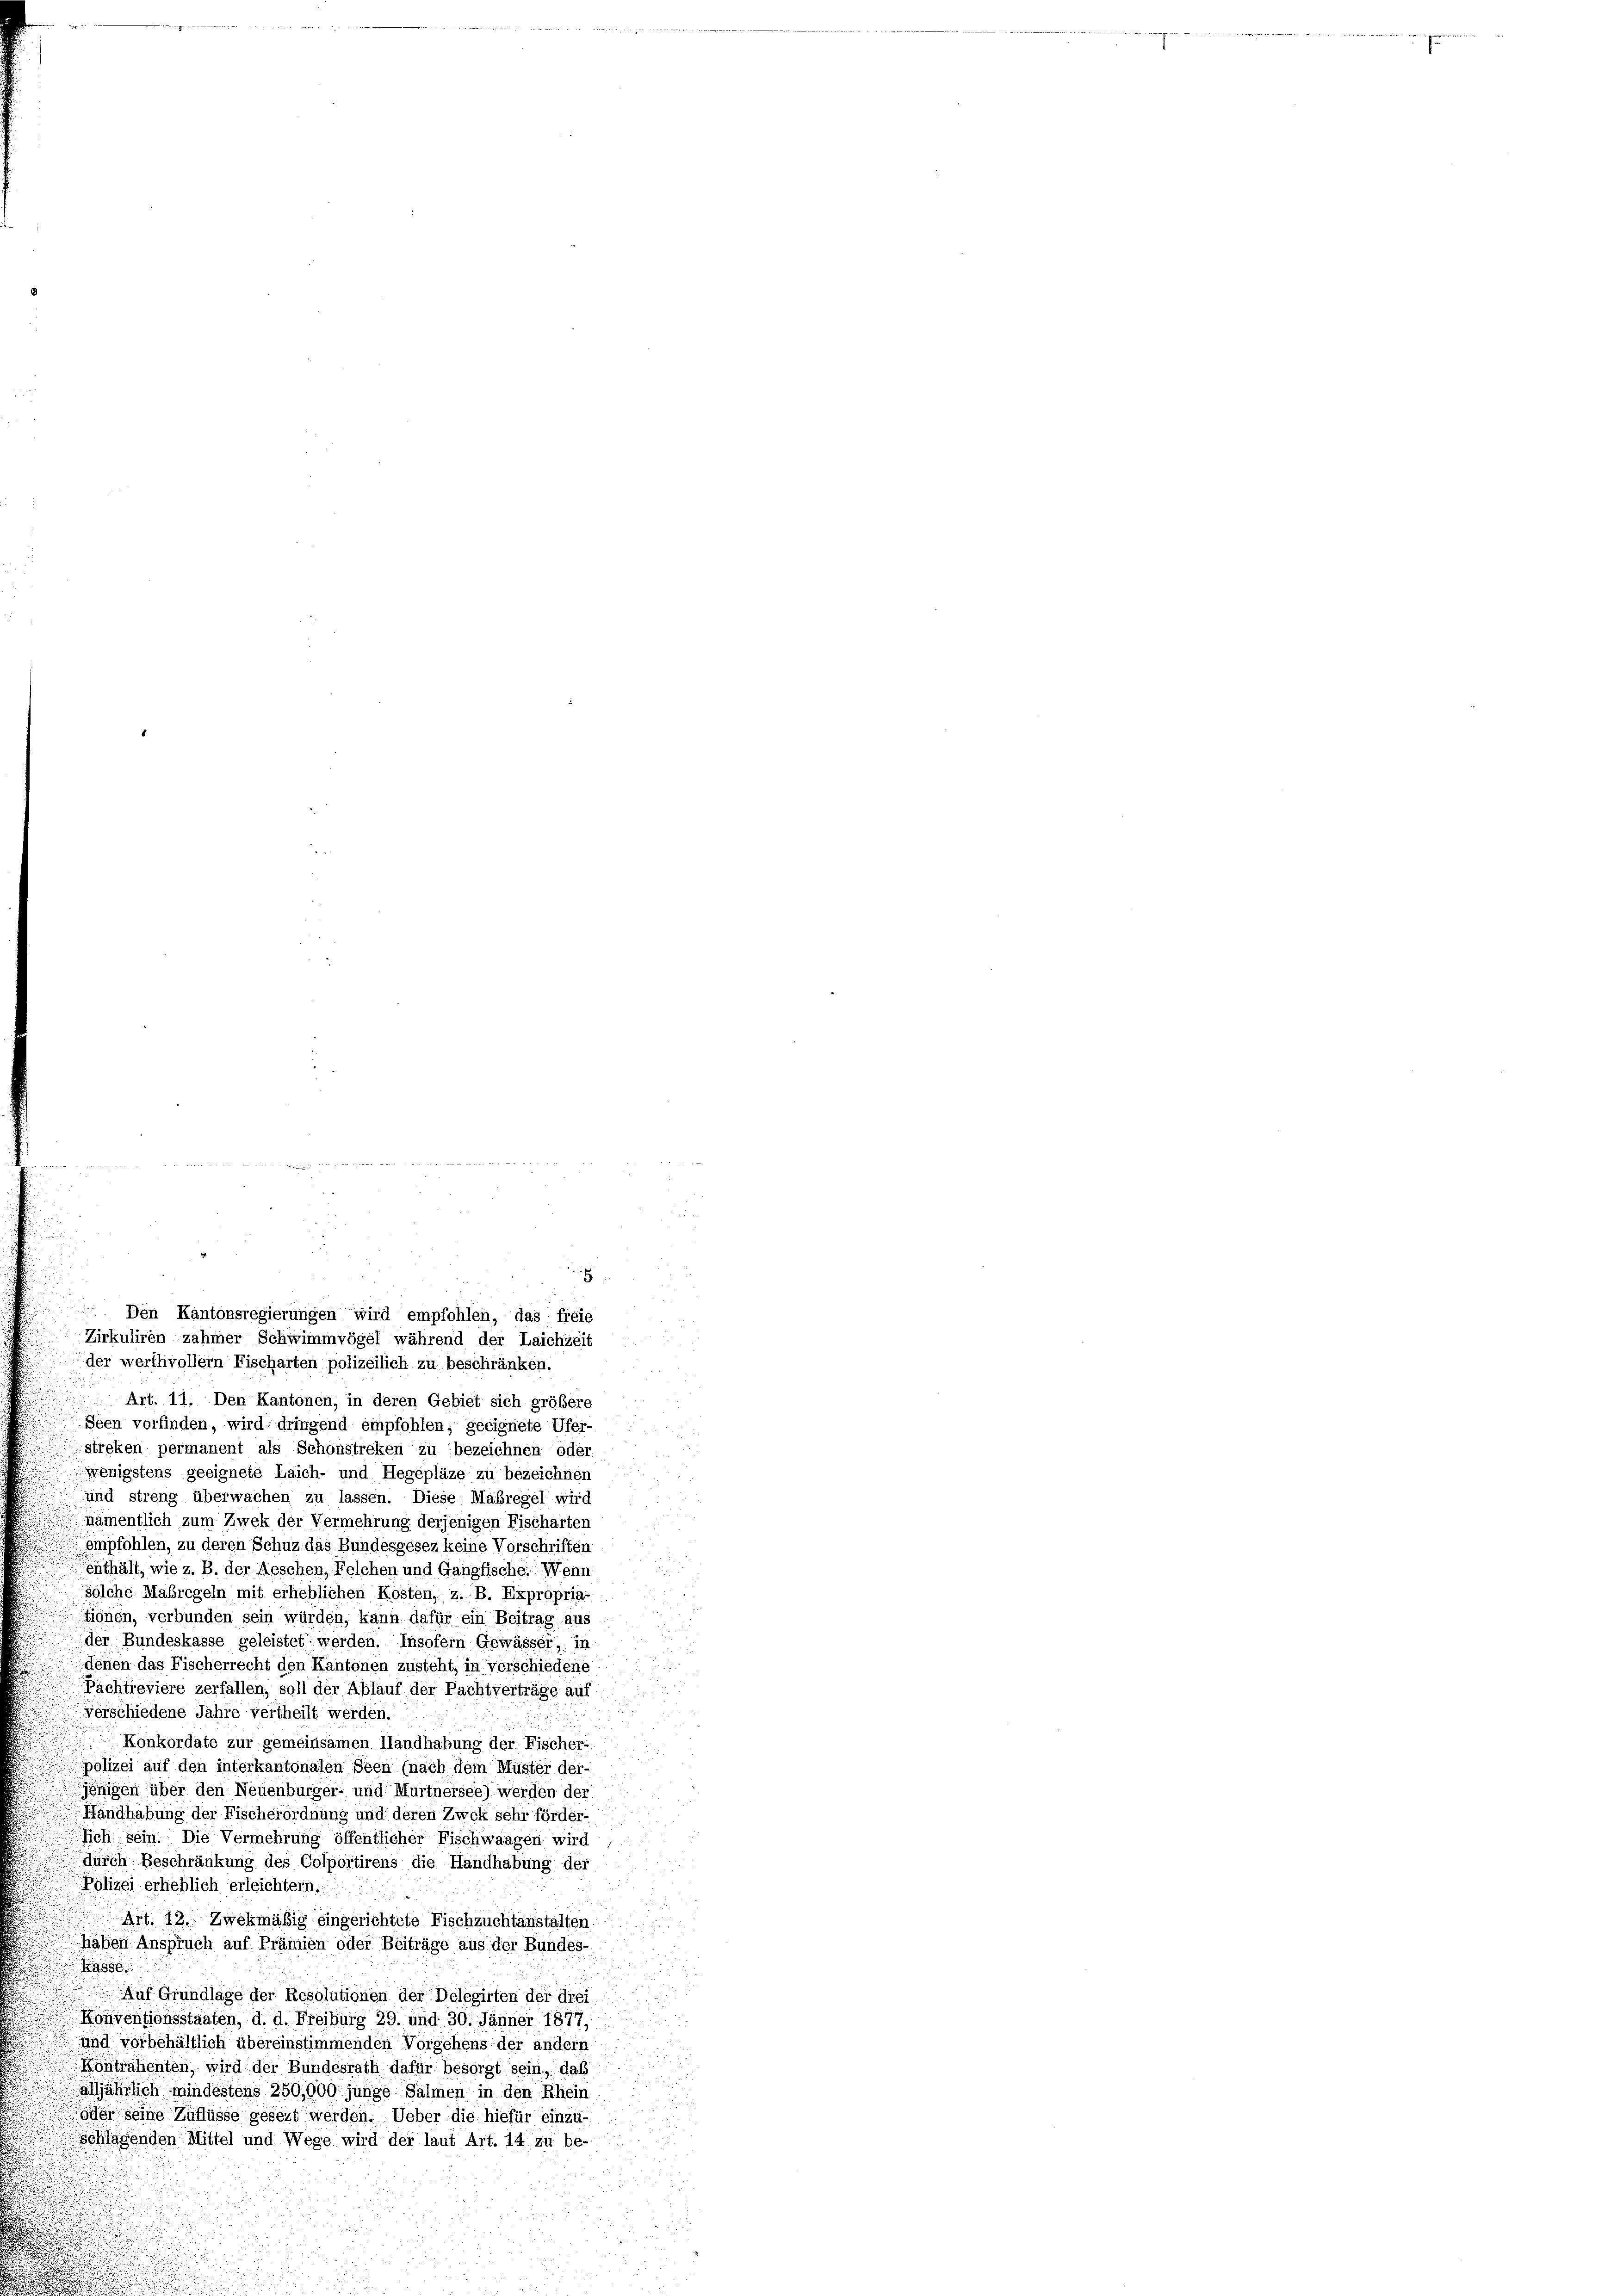
der werthvollern Fischarten polizeilich zu beschränken.
Art. 11. Den Kantonen, in deren Gebiet sich größere
Seen vorfinden, wird dringend empfohlen; geeignete Ufer-
streken permanent als Schönstreken zu bezeichnen oder
jjenigstens geeignete Laich- und Hegépläze zu bezeichnen
und streng überwachen zu lassen. Diese Maßregel wird
nämentlich zum Zwek der Vermehrung derjenigen Fischarten
empfohlen, zu deren Schuz das Bundesgesez keine Vorschriften
enthält, wie z. B. der Aeschen, Felchen und Gangfische: Wenn
solche Maßregeln mit erheblichen Kosten, z. B. Expropria-
tionen, verbunden sein würden, kann dafür ein Beitrag aus
der Bundeskasse geleistet werden. Insofern Gewässer, in
denen das Fischerrecht den Kantonen zusteht, in verschiedene
Pachtreviere zerfallen, soll der Ablauf der Pachtverträge auf
verschiedene Jahre vertheilt werden.
Konkordate zur gemeinsamen Handhabung der Fischer-
polizei auf den interkantonalen Seen (nach dem Müster der-
jenigen über den Neuenburger- und Murtnersee) werden der
Handhabung der Fischerordnung und deren Zwek sehr förder-
lich sein. Die Vermehrung öffentlicher Fischwaagen wird
durch Beschränkung des Colportirens die Handhabung der
Polizei erheblich erleichtern.
Art. 12. Zwekmäsig eingerichtete Fischzuchtanstalten
haben Anspruch auf Prämien oder Beiträge aus der Bundes-
Kasse.
Auf Grundlage der Resolutionen der Delegirten der drei
Konventionsstaaten, d. d. Freiburg 29. und 30. Jänner 1877,
und vorbehältlich übereinstimmenden Vorgehens der andern
Kontrahenten, wird der Bundesrath dafür besorgt sein, daß
alljährlich mindestens 250,900 junge Salmen in den Rhein
gder seine Zuflüsse gesezt werden. Ueber die hiefür einzu-
Schlagenden Mittel und Wege wird der laut Art. 14 zu be-

Sie es seinen man mein

5
 Den Kantonsregierungen wird empfohlen, das freie
Zirkuliren zahmer Schwimmvögel während der Laichzeit